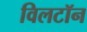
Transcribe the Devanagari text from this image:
विलटॉन